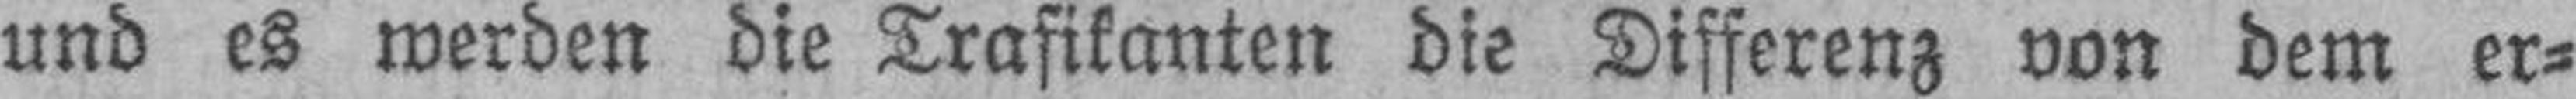
und es werden die Trafikanten die Differenz von dem er¬